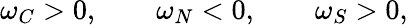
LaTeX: \omega_{C}>0,\qquad\omega_{N}<0,\qquad\omega_{S}>0,